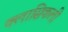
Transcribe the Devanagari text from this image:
क्लासिकली